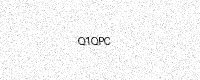
Text: Q1QPC